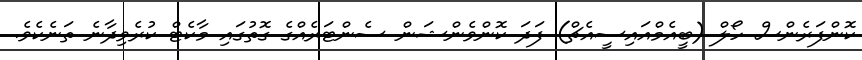
ކޮންފަރެންސް ހޯލް (ބީއެމްއައިސީއެޗް) ފަދަ ކޮންވެންޝަން ސެންޓަރެއްގެ ގޮތުގައި މާކެޓް ކުރެވިދާނެ ތަނެކެވެ.